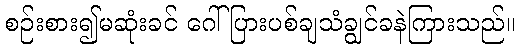
စဉ်းစား၍မဆုံးခင် ဂေါ်ပြားပစ်ချသံချွင်ခနဲကြားသည်။